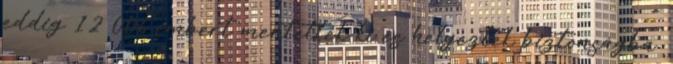
eddig 12 006 embert mentettek ki és helyeztek biztonságba.